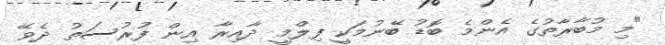
"މި މުބާރާތުގެ އެންމެ ބޮޑު ބޭނުމަކީ ފިލްމީ ދާއިރާ އިން ފުރުސަތު ދެވޭ